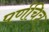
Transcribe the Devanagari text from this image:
पर्णचित्र